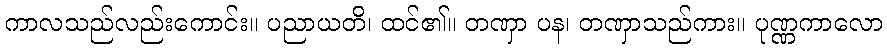
ကာလသည်လည်းကောင်း။ ပညာယတိ၊ ထင်၏။ တဏှာ ပန၊ တဏှာသည်ကား။ ပုဏ္ဏကာလော